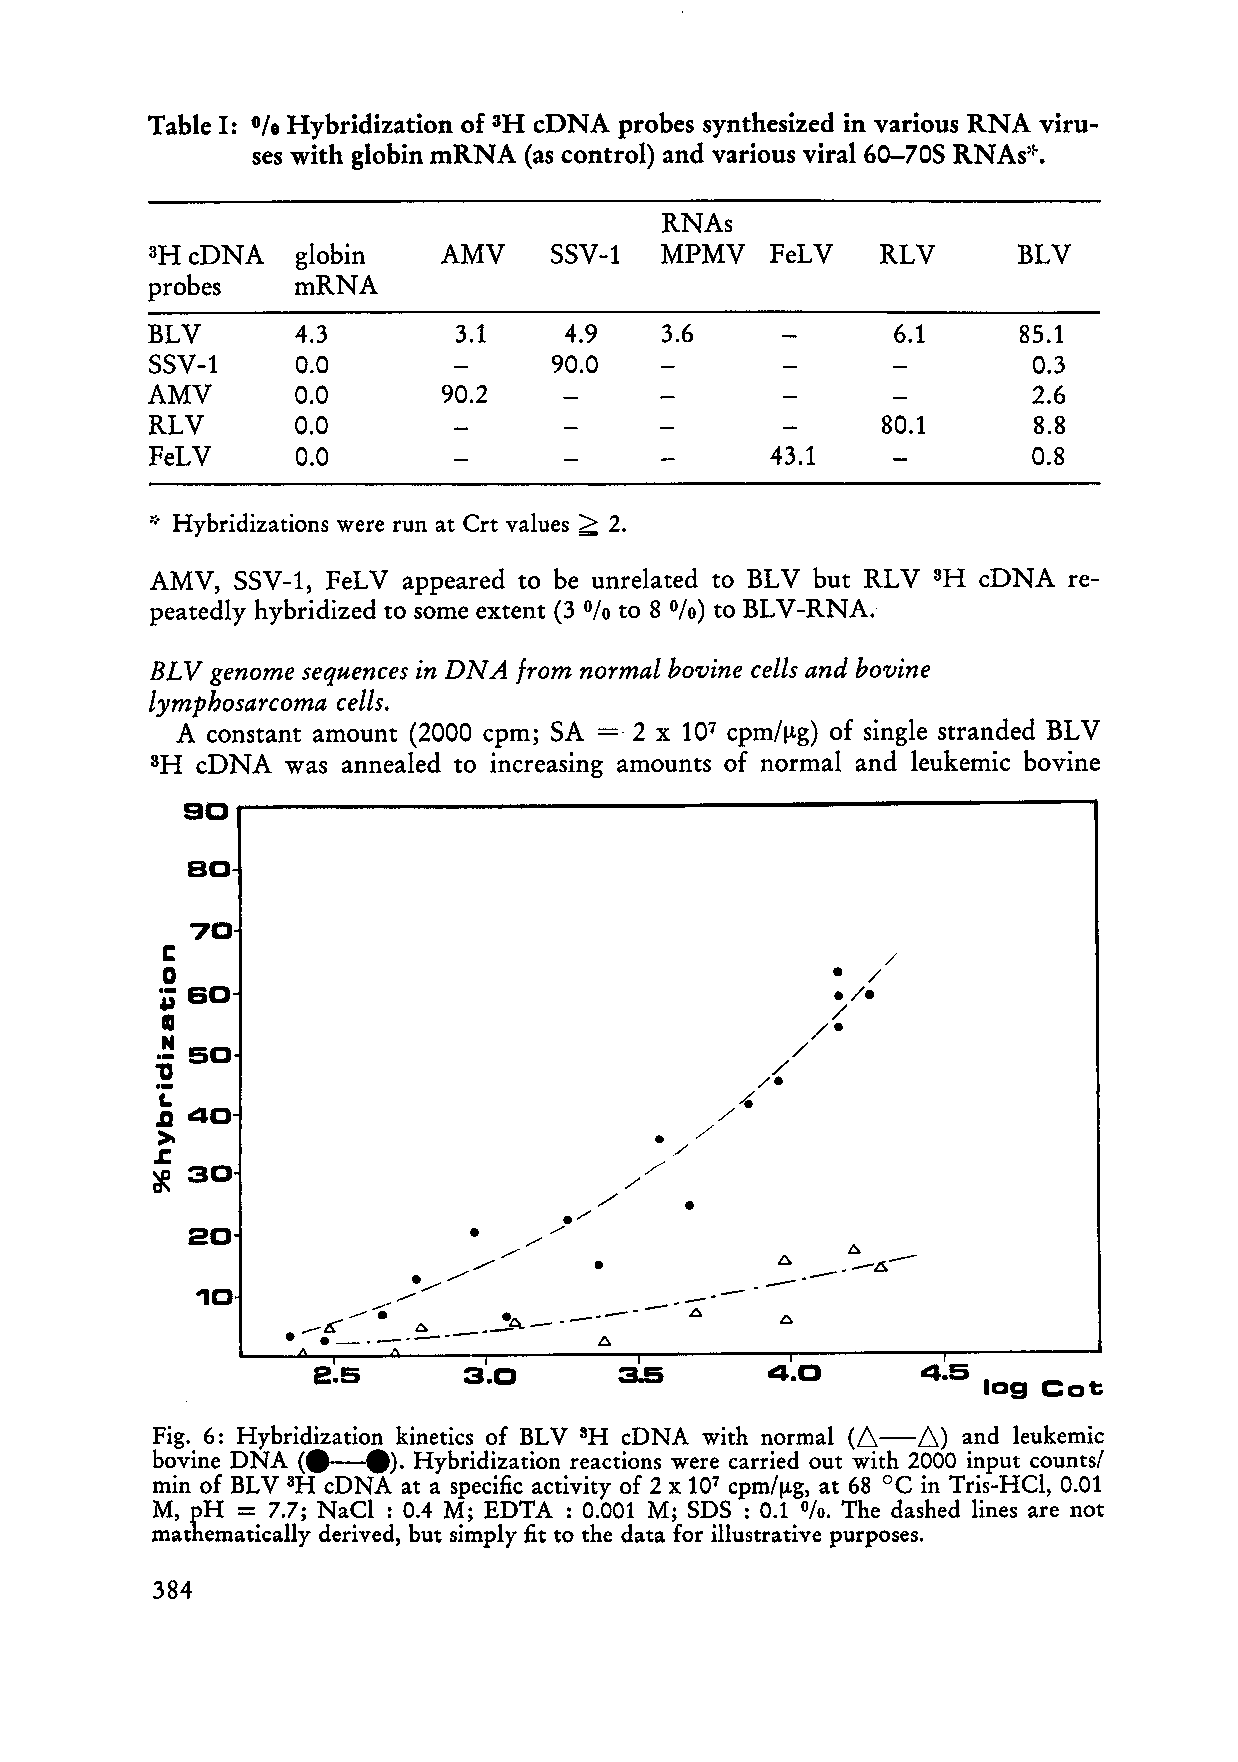
Table I: Q/o Hybridization of 3H cDNA probes synthesized in various RNA viru-
 Ses with globin mRNA (as control) and various viral 60-70s RNAs".
 RNAs
 cDNA    globin   AMV    SSV-1   MPMV   FeLV   RLV      BLV
 3H
 probes   mRNA
 BLV       4.3       3.1    4.9    3.6     -      6.1     85.1
 SSV-1     0.0       -      90.0   -       -      -        0.3
 AMV       0.0      90.2    -      -       -      -        2.6
 RLV       0.0       -      -              -     80.1      8.8
 FeLV      0.0       -      -      -      43.1    -        0.8
 2
 Hybridizations were run at Crt values 2.
 AMV, SSV-1, FeLV appeared to be unrelated to BLV but RLV cDNA re-
 3H
 peatedly hybridized to some extent (3 to 8 to BLV-RNA.
 O/o  O/o)
 BLV genome sequences in DNA from normal bovine cells und bovine
 lymphosarcoma cells.
 A constant amount (2000 cpm; SA = 2 X 107 cpmlpg) of single stranded BLV
 cDNA  was annealed to increasing amounts of normal and leukemic bovine
 3H
 '
 90
 so-
 70-
 C
 /
 0                                             /
 Y                                           7"
 60-
 0
 /@
 N
 50-                                     /
 U#-                                     /*/
 I-
 40-
 S                                   /
 C                                  /
 X                                /'
 /
 /
 a'
 20-                     /                --
 /
 'I /         -----        -A - A-
 -
 10-           @I                      /
 0
 /-I
 -.C--   P     P
 *-+P.-  -L----a--A
 A
 I         I         I         I         I
 E95       3.0       3.5       4.0       4.5
 log Cot
 (A-A)
 Fig. 6: Hybridization kinetics of BLV cDNA with normal and leukemic
 SH
 (M).
 bovine DNA       Hybridization reactions were carried out with 2000 input countsl
 min of BLV 8H cDNA at a specific activity of 2 X 107 cpmlpg, at 68 'C in Tris-HC1, 0.01
 M, pH = 7.7; NaCl : 0.4 M; EDTA : 0.001 M; SDS : 0.1 010. The dashed lines are not
 mathematically derived, but simply fit to the data for illustrative purposes.